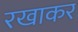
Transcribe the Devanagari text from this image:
रखाकर